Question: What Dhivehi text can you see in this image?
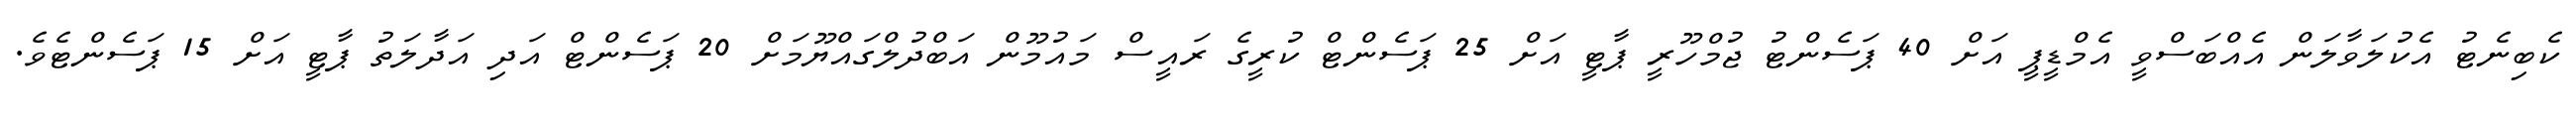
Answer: ކެބިނެޓު އެކުލަވާލަން އެއްބަސްވީ އެމްޑީޕީ އަށް 40 ޕަސެންޓު ޖުމްހޫރީ ޕާޓީ އަށް 25 ޕަސެންޓް ކުރީގެ ރައީސް މައުމޫން އަބްދުލްގައްޔޫމަށް 20 ޕަސެންޓް އަދި އަދާލަތު ޕާޓީ އަށް 15 ޕަސެންޓެވެ.